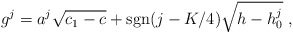
\begin{align*}g^j=a^j \sqrt{c_1-c}+{\rm sgn}(j-K/4)\sqrt{h-h^j_0}{}~,\end{align*}